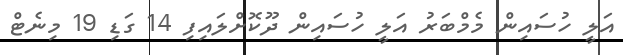
އަލީ ހުސައިން މެމްބަރު އަލީ ހުސައިން ދޫކޮށްލައިފި 14 ގަޑި 19 މިނެޓް